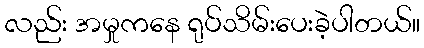
လည်း အမှုကနေ ရုပ်သိမ်းပေးခဲ့ပါတယ်။